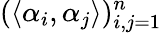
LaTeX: (\langle\alpha_{i},\alpha_{j}\rangle)_{i,j=1}^{n}